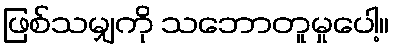
ဖြစ်သမျှကို သဘောတူမှုပေါ့။